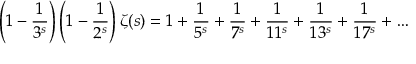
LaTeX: \left( 1 - { \frac { 1 } { 3 ^ { s } } } \right) \left( 1 - { \frac { 1 } { 2 ^ { s } } } \right) \zeta ( s ) = 1 + { \frac { 1 } { 5 ^ { s } } } + { \frac { 1 } { 7 ^ { s } } } + { \frac { 1 } { 1 1 ^ { s } } } + { \frac { 1 } { 1 3 ^ { s } } } + { \frac { 1 } { 1 7 ^ { s } } } + \ldots